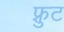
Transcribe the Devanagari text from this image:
फ़्रुट